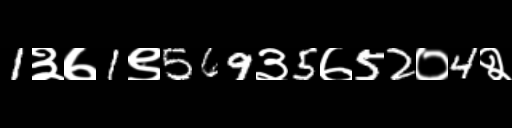
Text: 1३७1९569३5७52०4२